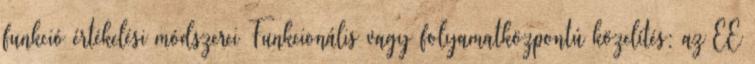
funkció értékelési módszerei Funkcionális vagy folyamatközpontú közelítés: az EE